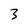
Character: 3